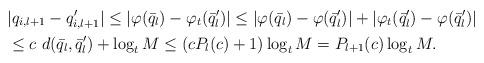
LaTeX: \begin{align*}& |q_{i,l+1} - q_{i,l+1}'| \leq | \varphi(\bar{q}_l) - \varphi_t(\bar{q}_l') | \leq | \varphi(\bar{q}_l) - \varphi(\bar{q}_l') | + | \varphi_t(\bar{q}'_l) - \varphi(\bar{q}_l') | \\& \leq c\ d(\bar{q}_l, \bar{q}_l') + \log_t M\leq (cP_l(c)+1) \log_t M =P_{l+1}(c) \log_t M.\end{align*}